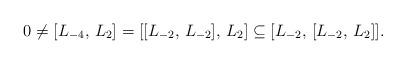
LaTeX: \begin{align*}0 \neq [L_{-4}, \, L_2] = [[L_{-2}, \, L_{-2}], \, L_2]\subseteq [L_{-2}, \, [L_{-2}, \, L_2]].\end{align*}